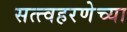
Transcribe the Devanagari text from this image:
सत्त्वहरणेच्या